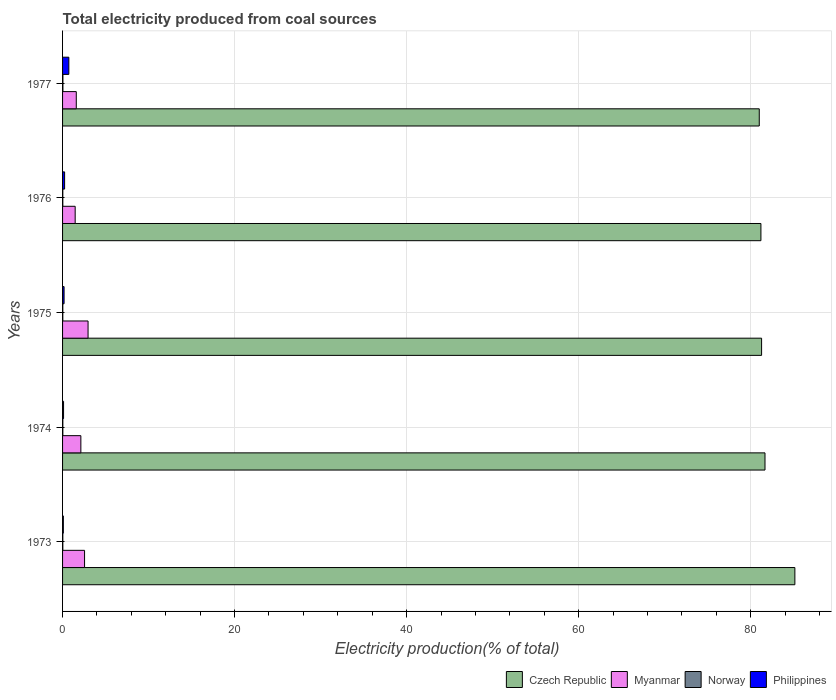
| Years | Czech Republic | Myanmar | Norway | Philippines |
 | --- | --- | --- | --- | --- |
 | 1973 | 85.1 | 2.56 | 0.0301 | 0.091 |
 | 1974 | 81.7 | 2.13 | 0.0326 | 0.115 |
 | 1975 | 81.3 | 2.97 | 0.0284 | 0.176 |
 | 1976 | 81.2 | 1.47 | 0.028 | 0.238 |
 | 1977 | 81 | 1.6 | 0.0415 | 0.729 |